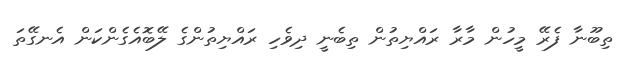
ތިބޫނާ ފެރޭ މީހުން މާރާ ރައްޔިތުން ތިބެނީ ދިވެހި ރައްޔިތުންގެ ލޭބޮއެގެންކަން އެނގޭތަ